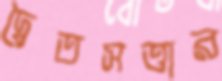
দ্বৈতসত্তার